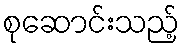
စုဆောင်းသည့်